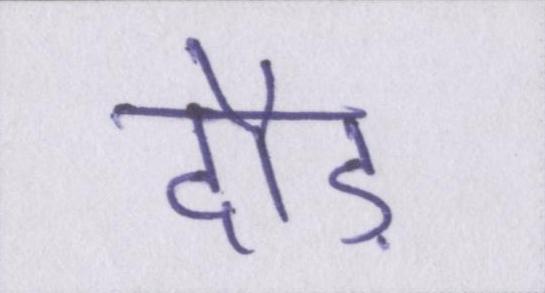
दौड़